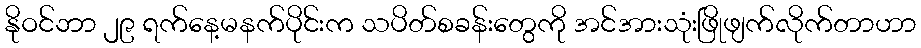
နိုဝင်ဘာ ၂၉ ရက်နေ့မနက်ပိုင်းက သပိတ်စခန်းတွေကို အင်အားသုံးဖြိုဖျက်လိုက်တာဟာ